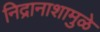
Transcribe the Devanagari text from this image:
निद्रानाशामुळे